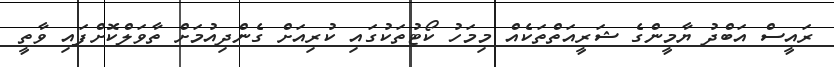
ރައީސް އަބްދު ޔާމީންގެ ޝަރީއަތްތަކެއް މިމަހު ކޯޓުތަކުގައި ކުރިއަށް ގެންދިއުމަށް ތާވަލްކޮށްފައި ވާތީ